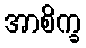
အာစိက္ခ